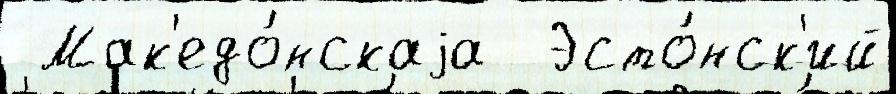
 Мак'едо́нскаjа  Эсто́нск'ий